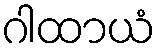
ဂါထာယံ